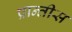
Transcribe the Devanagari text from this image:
प्रान्तीस